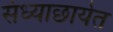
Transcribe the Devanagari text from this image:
संध्याछायेत